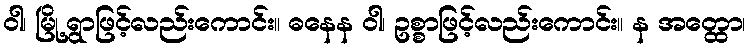
ဝါ၊ မြို့ရွာဖြင့်လည်းကောင်း။ ဓနေန ဝါ၊ ဥစ္စာဖြင့်လည်းကောင်း။ န အတ္ထော၊